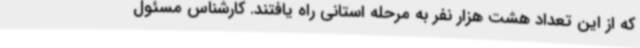
که از این تعداد هشت هزار نفر به مرحله استانی راه یافتند. کارشناس مسئول